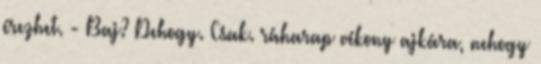
érezhet. - Baj? Dehogy. Csak. ráharap vékony ajkára, nehogy